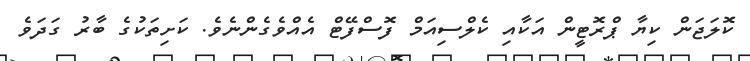
ކޮލަޖަން ކިޔާ ޕްރޮޓީން އަކާއި ކެލްސިއަމް ފޮސްފޭޓް އެއްވެގެންނެވެ. ކަށިތަކުގެ ބާރު ގަދަވެ